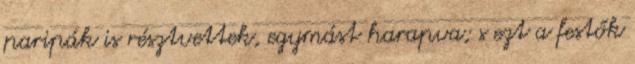
paripák is résztvettek, egymást harapva; s ezt a festők